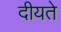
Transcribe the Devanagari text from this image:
दीयते